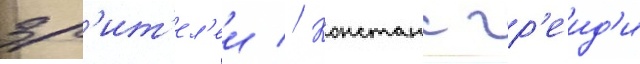
зр'ит'ел'еи // Констанс гр'еид'и